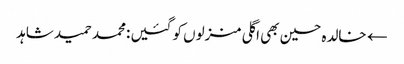
← خالدہ حسین بھی اگلی منزلوں کو گئیں :محمد حمید شاہد